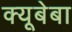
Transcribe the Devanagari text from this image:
क्यूबेबा